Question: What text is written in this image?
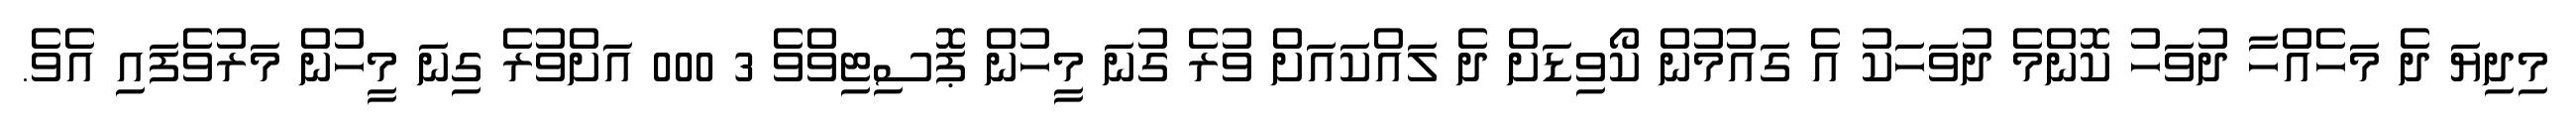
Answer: މިދިޔަ ދެ މަހެއްހާ ދުވަހު ކޮންމެ ދުވަހަކު އެ ގައުމުން ކޯވިޑަށް ދެ ލައްކައަށް ވުރެ ގުނަ މީހުން ޕޮސިޓިވްވެ 3 000 އަށްވުރެ ގިނަ މީހުން މަރުވެފައި އެވެ.